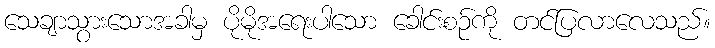
သေချာသွားသောအခါမှ ပိုမိုအရေးပါသော ခေါင်းစဉ်ကို တင်ပြလာလေသည်။